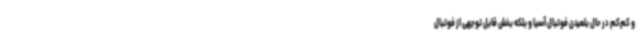
و کم‌کم در حال بلعیدن فوتبال آسیا و بلکه بخش قابل‌ توجهی از فوتبال